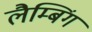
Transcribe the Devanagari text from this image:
लैम्बिंग